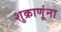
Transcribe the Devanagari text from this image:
शुक्राणूंना